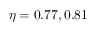
\eta = 0 . 7 7 , 0 . 8 1